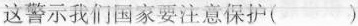
这警示我们国家要注意保护( )